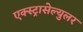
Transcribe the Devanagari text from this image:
एक्स्ट्रासेल्युलर